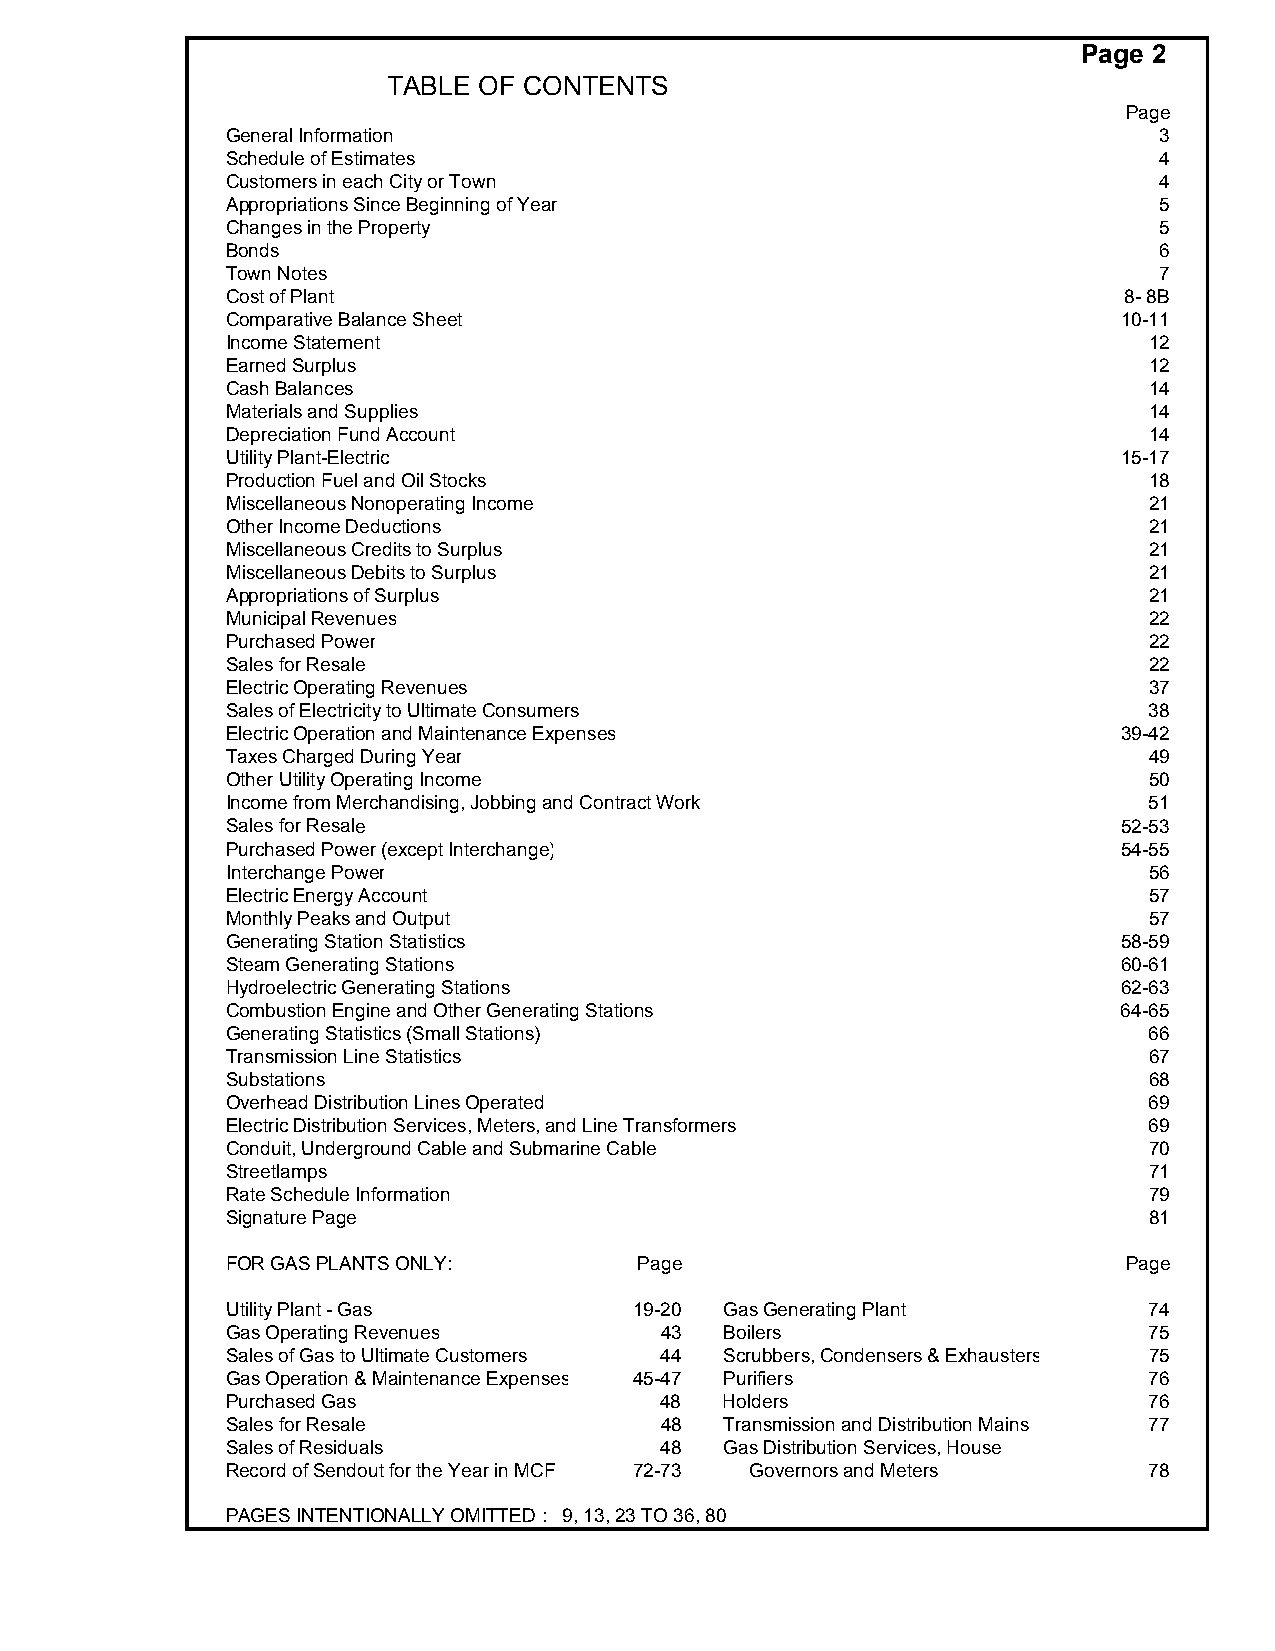
Page 2
 TABLE OF CONTENTS
 Page
 General Information                                           3
 Schedule of Estimates                                         4
 Customers in each City or Town                                4
 Appropriations Since Beginning of Year                        5
 Changes in the Property                                       5
 Bonds                                                         6
 Town Notes                                                    7
 Cost of Plant                                              8- 8B
 Comparative Balance Sheet                                  10-11
 Income Statement                                             12
 Earned Surplus                                               12
 Cash Balances                                                14
 Materials and Supplies                                       14
 Depreciation Fund Account                                    14
 Utility Plant-Electric                                     15-17
 Production Fuel and Oil Stocks                               18
 Miscellaneous Nonoperating Income                            21
 Other Income Deductions                                      21
 Miscellaneous Credits to Surplus                             21
 Miscellaneous Debits to Surplus                              21
 Appropriations of Surplus                                    21
 Municipal Revenues                                           22
 Purchased Power                                              22
 Sales for Resale                                             22
 Electric Operating Revenues                                  37
 Sales of Electricity to Ultimate Consumers                   38
 Electric Operation and Maintenance Expenses                39-42
 Taxes Charged During Year                                    49
 Other Utility Operating Income                               50
 Income from Merchandising, Jobbing and Contract Work         51
 Sales for Resale                                           52-53
 Purchased Power (except Interchange)                       54-55
 Interchange Power                                            56
 Electric Energy Account                                      57
 Monthly Peaks and Output                                     57
 Generating Station Statistics                              58-59
 Steam Generating Stations                                  60-61
 Hydroelectric Generating Stations                          62-63
 Combustion Engine and Other Generating Stations            64-65
 Generating Statistics (Small Stations)                       66
 Transmission Line Statistics                                 67
 Substations                                                  68
 Overhead Distribution Lines Operated                         69
 Electric Distribution Services, Meters, and Line Transformers 69
 Conduit, Underground Cable and Submarine Cable               70
 Streetlamps                                                  71
 Rate Schedule Information                                    79
 Signature Page                                               81
 FOR GAS PLANTS ONLY:       Page                             Page
 Utility Plant - Gas        19-20 Gas Generating Plant        74
 Gas Operating Revenues       43  Boilers                     75
 Sales of Gas to Ultimate Customers 44 Scrubbers, Condensers & Exhausters 75
 Gas Operation & Maintenance Expenses 45-47 Purifiers         76
 Purchased Gas                48  Holders                     76
 Sales for Resale             48  Transmission and Distribution Mains 77
 Sales of Residuals           48  Gas Distribution Services, House
 Record of Sendout for the Year in MCF 72-73 Governors and Meters 78
 PAGES INTENTIONALLY OMITTED : 9, 13, 23 TO 36, 80